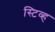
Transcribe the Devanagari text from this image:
स्टिव्ह